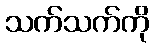
သက်သက်ကို